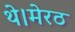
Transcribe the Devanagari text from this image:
थे।मेरठ